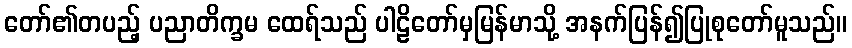
တော်၏တပည့် ပညာတိက္ခမ ထေရ်သည် ပါဠိတော်မှမြန်မာသို့ အနက်ပြန်၍ပြုစုတော်မူသည်။